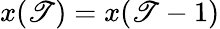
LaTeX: x(\mathscr{T})=x(\mathscr{T}-1)